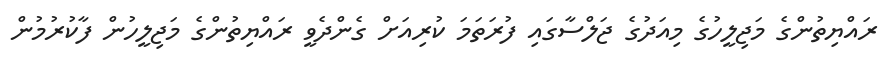
ރައްޔިތުންގެ މަޖިލީހުގެ މިއަދުގެ ޖަލްސާގައި ފުރަތަމަ ކުރިއަށް ގެންދެވީ ރައްޔިތުންގެ މަޖިލީހުން ފާކުރުމުން